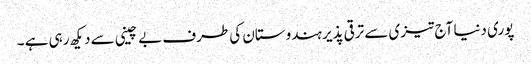
پوری دنیا آج تیزی سے ترقی پذیر ہندوستان کی طرف بے چینی سے دیکھ رہی ہے ۔